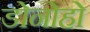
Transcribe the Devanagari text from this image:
डोनोहो